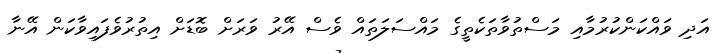
އަދި ވައްކަންކުރުމާއި މަސްތުވާތަކެތީގެ މައްސަލަތައް ވެސް އޭރު ވަރަށް ބޮޑަށް އިތުރުވެފައިވާކަން އޭނާ